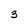
Character: 3